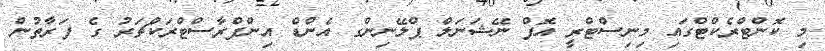
މި ކޮންޓްރެކްޓްގައި މިނިސްޓްރީ އޮފް ނޭޝަނަލް ޕްލޭނިންގ އެންޑް އިންފްރާސްޓްރަކްޗަރު ގެ ފަރާތުން